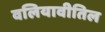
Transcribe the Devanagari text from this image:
वलियावीतिल